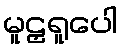
မူဠှရူပေါ